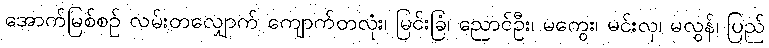
အောက်မြစ်စဉ် လမ်းတလျှောက် ကျောက်တလုံး၊ မြင်းခြံ၊ ညောင်ဦး၊ မကွေး၊ မင်းလှ၊ မလွန်၊ ပြည်